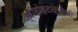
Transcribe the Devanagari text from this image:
श्रीमोहटादेवीची